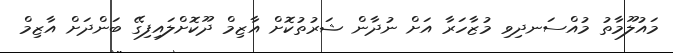
މައުލޫމާތު މުއްސަނދިވި މުޒާހަރާ އަށް ނުދާން ޝަރުތުކޮށް އާޒިމް ދޫކޮށްލައިފިގޭ ބަންދަށް އާޒިމް